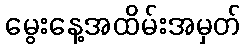
မွေးနေ့အထိမ်းအမှတ်